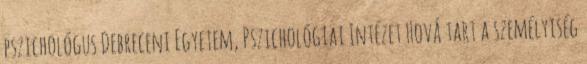
pszichológus Debreceni Egyetem, Pszichológiai Intézet Hová tart a személyiség